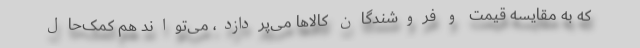
که به مقایسه قیمت و فروشندگان کالاها می‌پردازد، می‌تواند هم کمک‌حال